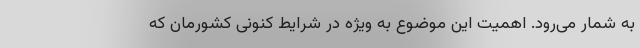
به شمار می‌رود. اهمیت این موضوع به ویژه در شرایط کنونی کشورمان که